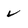
Character: v